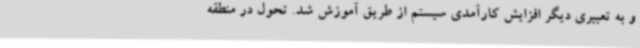
و به تعبیری دیگر افزایش کارآمدی سیستم از طریق آموزش شد. تحول در منطقه